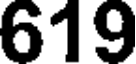
619